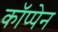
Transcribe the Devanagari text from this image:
कॉप्पेन